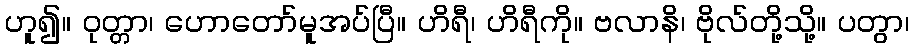
ဟူ၍။ ဝုတ္တာ၊ ဟောတော်မူအပ်ပြီ။ ဟိရီ၊ ဟိရီကို။ ဗလာနိ၊ ဗိုလ်တို့သို့။ ပတွာ၊